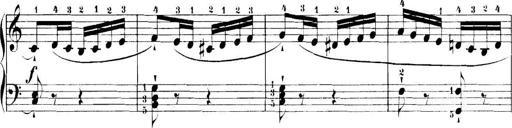
Title: 11 Sonatinas
Composer: Anton Diabelli